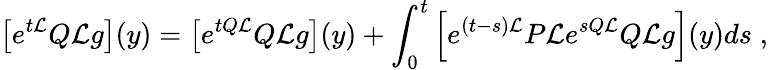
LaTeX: \left[e^{t{\cal L}}Q{\cal L}g\right](y)=\left[e^{tQ{\cal L}}Q{\cal L}g\right](y)+\int_{0}^{t}\left[e^{(t-s){\cal L}}P{\cal L}e^{sQ{\cal L}}Q{\cal L}g\right](y)ds\; ,